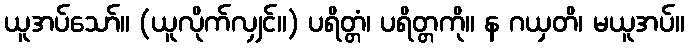
ယူအပ်သော်။ (ယူလိုက်လျှင်။) ပရိတ္တံ၊ ပရိတ္တကို။ န ဂယှတိ၊ မယူအပ်။